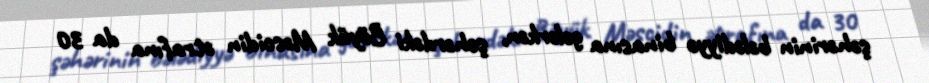
şəhərinin bələdiyyə binasına gələrkən, şəhərdəki Böyük Məscidin ətrafına da 30